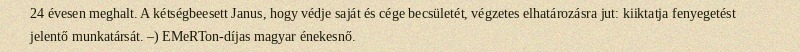
24 évesen meghalt. A kétségbeesett Janus, hogy védje saját és cége becsületét, végzetes elhatározásra jut: kiiktatja fenyegetést jelentő munkatársát. –) EMeRTon-díjas magyar énekesnő.